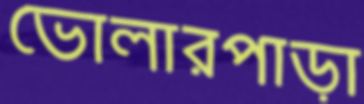
ভোলারপাড়া